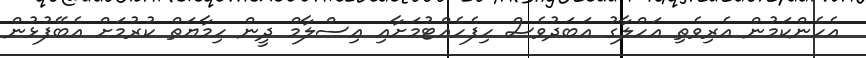
އެހެންކަމުން އެރިވެތި އަހްލާގު އަބަދުވެސް ހިފެހެއްޓުމަށާއި އިސްލާމް ދީން ހިމާޔަތް ކުރުމަށް އެބޭފުޅުން